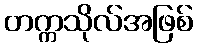
တက္ကသိုလ်အဖြစ်